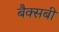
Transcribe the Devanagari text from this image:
बैक्सबी